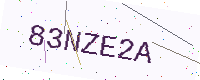
Text: 83NZE2A